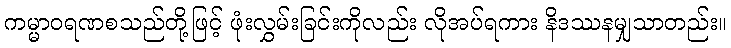
ကမ္မာဝရဏစသည်တို့ဖြင့် ဖုံးလွှမ်းခြင်းကိုလည်း လိုအပ်ရကား နိဒဿနမျှသာတည်း။